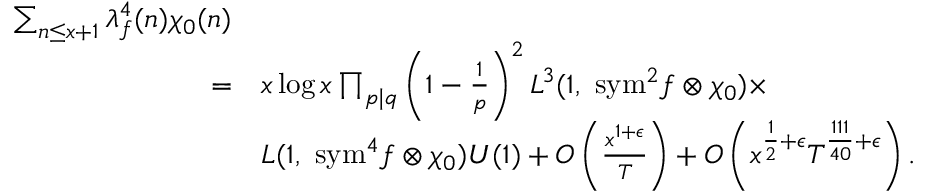
\begin{array} { r l } { \sum _ { n \leq x + 1 } \lambda _ { f } ^ { 4 } ( n ) \chi _ { 0 } ( n ) } \\ { = } & { x \log x \prod _ { p \mid q } \left( 1 - \frac { 1 } { p } \right) ^ { 2 } L ^ { 3 } ( 1 , \ \mathrm { { s y m } } ^ { 2 } f \otimes \chi _ { 0 } ) \times } \\ & { L ( 1 , \ { \mathrm { s y m } } ^ { 4 } f \otimes \chi _ { 0 } ) U ( 1 ) + O \left( \frac { x ^ { 1 + \epsilon } } { T } \right) + O \left( x ^ { \frac { 1 } { 2 } + \epsilon } T ^ { \frac { 1 1 1 } { 4 0 } + \epsilon } \right) . } \end{array}